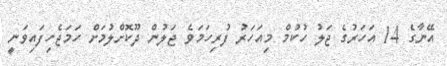
އޭނާގެ 14 އަހަރުގެ ޖަލު ހުކުމް މިއަހަރު ފުރިހަމަވެ ޖަލުން ދޫކޮށްލުމަށް ހަމަޖެހިފައިވަނީ